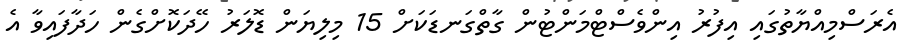
އެރަސްމިއްޔާތުގައި އިފުރު އިންވެސްޓްމަންޓުން ގާތްގަނޑަކަށް 15 މިލިޔަން ޑޮލަރު ހޭދަކޮށްގެން ހަދާފައިވާ އެ